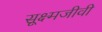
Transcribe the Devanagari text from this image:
सूक्ष्‍मजीवी